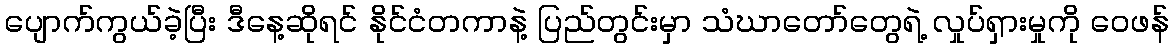
ပျောက်ကွယ်ခဲ့ပြီး ဒီနေ့ဆိုရင် နိုင်ငံတကာနဲ့ ပြည်တွင်းမှာ သံဃာတော်တွေရဲ့ လှုပ်ရှားမှုကို ဝေဖန်